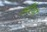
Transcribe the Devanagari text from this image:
कर्रियर